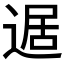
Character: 𲅥